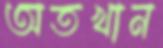
অতখান